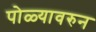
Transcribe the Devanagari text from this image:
पोळ्यावरुन